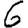
Digit: 6